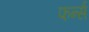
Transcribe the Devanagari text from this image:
फर्न्स